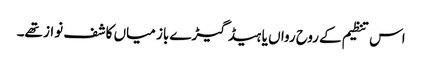
اس تنظیم کے روح رواں یا ہیڈ گیڑے باز میاں کاشف نواز تھے۔